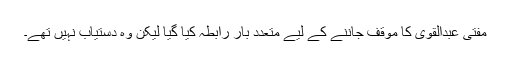
مفتی عبدالقوی کا موقف جاننے کے لیے متعدد بار رابطہ کیا گیا لیکن وہ دستیاب نہیں تھے۔